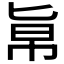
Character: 𠤚